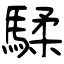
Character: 騥